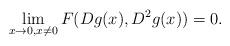
LaTeX: \begin{align*}\lim_{x\to 0,x\neq 0}F(Dg(x),D^2g(x))=0.\end{align*}